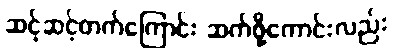
ဆင့်ဆင့်တက်ကြောင်း ဆက်ဖို့ကောင်းလည်း